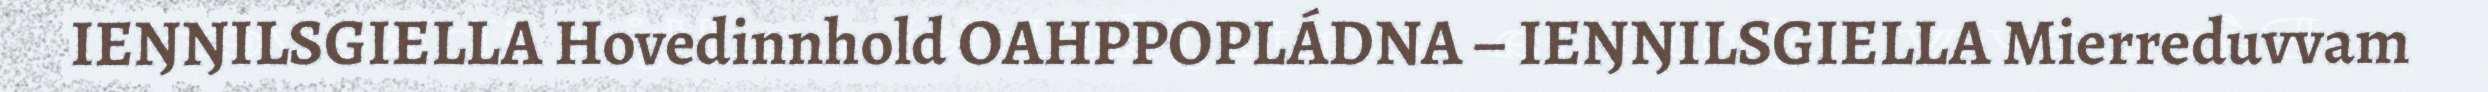
IEŊŊILSGIELLA Hovedinnhold OAHPPOPLÁDNA – IEŊŊILSGIELLA Mierreduvvam